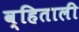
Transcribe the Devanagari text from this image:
व्हिताली